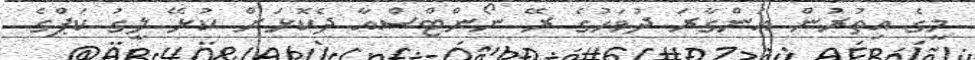
މީގެ އިތުރުން އަންގާރަ ދުވަހުގެ ރޭ ނޯންޓްސްއާ ދެކޮޅަށް ކުޅޭ ލީގު ކަޕްގެ